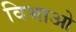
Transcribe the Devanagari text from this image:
विभाओ